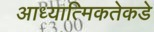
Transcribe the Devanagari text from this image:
आध्यात्मिकतेकडे